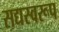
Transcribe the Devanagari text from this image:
सद्यस्वरूप